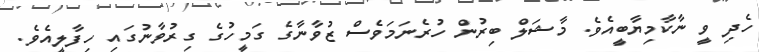
ހެދި ވީ ނާކާމިޔާބީއެވެ. މާޝަލް ބިރުން ހުރެނަމަވެސް ޒުވާނާގެ ގަމީހުގެ ގިރުވާނުގައި ހިފާލީއެވެ.